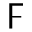
\digamma